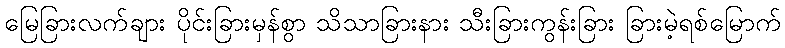
မြေခြားလက်ချား ပိုင်းခြားမှန်စွာ သိသာခြားနား သီးခြားကွန်းခြား ခြားမဲ့ရစ်မြောက်